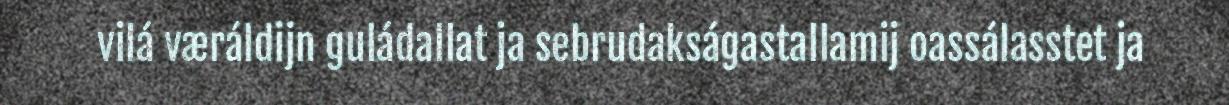
vilá væráldijn guládallat ja sebrudakságastallamij oassálasstet ja